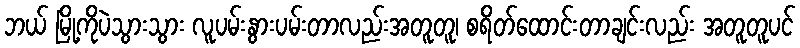
ဘယ် မြို့ကိုပဲသွားသွား လူပမ်းနွားပမ်းတာလည်းအတူတူ၊ စရိတ်ထောင်းတာချင်းလည်း အတူတူပင်